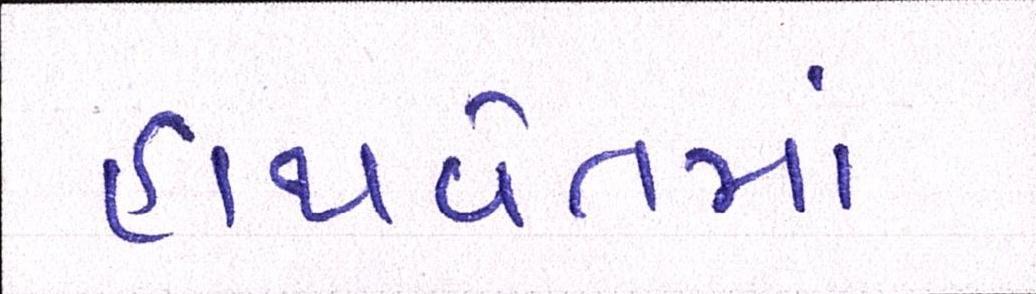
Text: હાથવેતમા